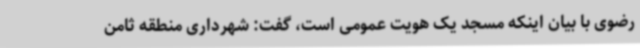
رضوی با بیان اینکه مسجد یک هویت عمومی است، گفت: شهرداری منطقه ثامن